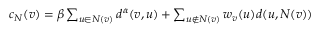
\begin{array} { r } { c _ { N } ( v ) = \beta \sum _ { u \in N ( v ) } d ^ { \alpha } ( v , u ) + \sum _ { u \notin N ( v ) } w _ { v } ( u ) d ( u , N ( v ) ) } \end{array}